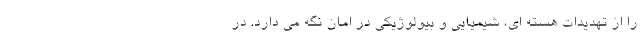
را از تهدیدات هسته ای، شیمیایی و بیولوژیکی در امان نگه می دارد. در